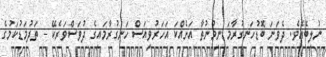
ނުލިބެއެވެ. ދެވަނަ ބޮޑުހަނގުރާމަ ނިމުނުތާ އަށެއްކަ އަހަރުވިއަސް ހަނގުރާމައިގެ ދުވަސްވަރެކޭ - ތަދުމަޑުކަމުގެ